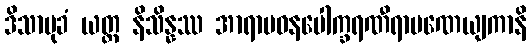
ဒိသာမုခံ ယတ္ထ နိသိန္နဿ အာရာမဝနပေါက္ခရဏီရာမဏေယျကာနိ